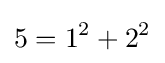
5=1^{2}+2^{2}